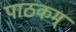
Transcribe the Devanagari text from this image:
पाठकम्